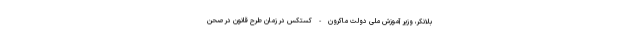
بلانکر، وزیر آموزش ملی دولت ماکرون-کستکس در زمان طرح قانون در صحن